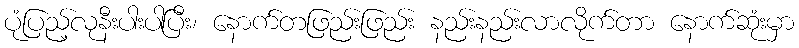
ပုံပြည့်လုနီးပါးပါပြီး၊ နောက်တဖြည်းဖြည်း နည်းနည်းလာလိုက်တာ နောက်ဆုံးမှာ